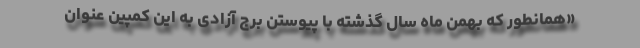
«همانطور که بهمن ماه سال گذشته با پیوستن برج آزادی به این کمپین عنوان